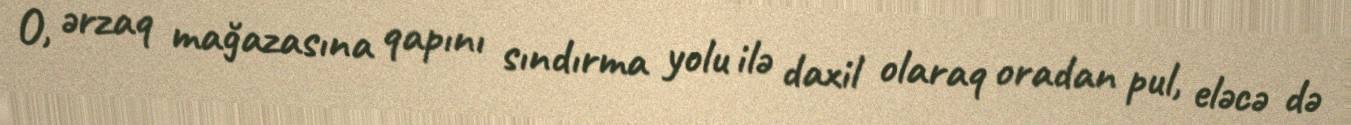
O, ərzaq mağazasına qapını sındırma yolu ilə daxil olaraq oradan pul, eləcə də